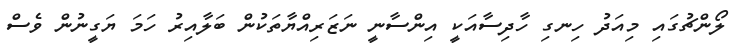
ލޯންޗުގައި މިއަދު ހިނގި ހާދިސާއަކީ އިންސާނީ ނަޒަރިއްޔާތަކުން ބަލާއިރު ހަމަ ޔަގީނުން ވެސް